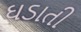
ઘડાતી